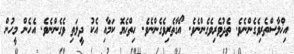
އިޚްލާސްތެރިވެގެންނެވެ. ތެދުވެރިވެގެންނެވެ. އޯގާތެރިވެގެންނެވެ. ހިތްހެޔޮ ކަމާއި އެކު ދީލަތި ވެގެންނެވެ. އެހެން މީހުން